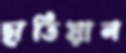
ছাতিয়ান